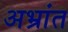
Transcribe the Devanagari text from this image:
अभ्रांत